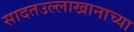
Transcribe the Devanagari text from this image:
सादतउल्लाखानाच्या